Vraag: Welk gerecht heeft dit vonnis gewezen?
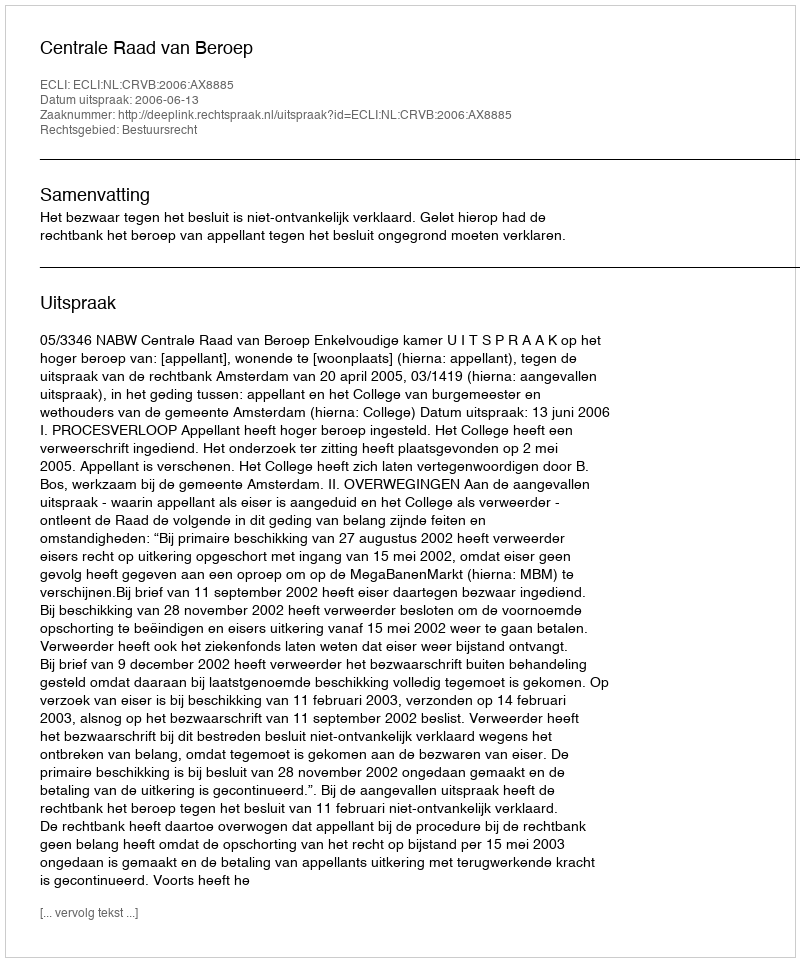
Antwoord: Centrale Raad van Beroep